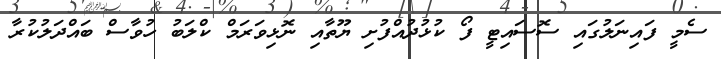
ސެމީ ފައިނަލުގައި ސޮސައިޓީ ފޯ ކުޅުދުއްފުށި ޔޫތާއި ނޮޅިވަރަމް ކްލަބު ހުވާސް ބައްދަލުކުރާ